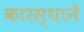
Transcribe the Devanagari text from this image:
कारस्थानें